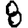
Digit: 8